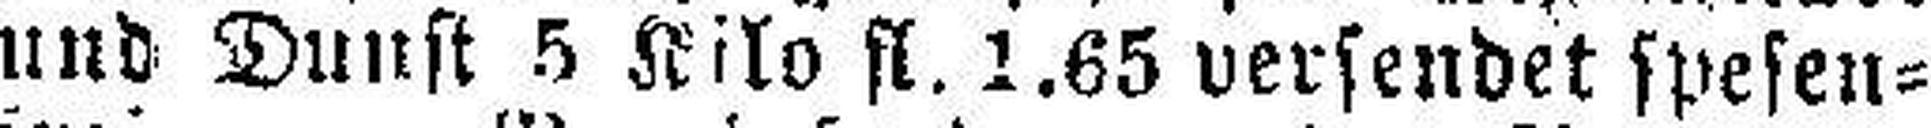
und Dunst 5 Kilo fl. 1.65 versendet spesen¬